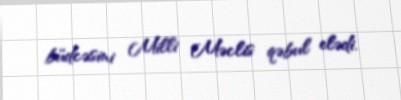
büdcəsini Milli Məclis qəbul elədi.